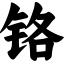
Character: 铬